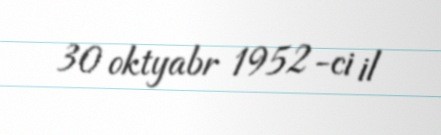
30 oktyabr 1952-ci il